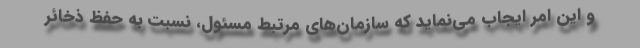
و این امر ایجاب می‌نماید که سازمان‌های مرتبط مسئول، نسبت به حفظ ذخائر